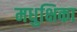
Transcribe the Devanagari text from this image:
मधुक्षिका